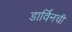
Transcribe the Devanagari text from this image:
डार्विनची